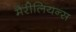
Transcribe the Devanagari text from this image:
मैरीलियन्स